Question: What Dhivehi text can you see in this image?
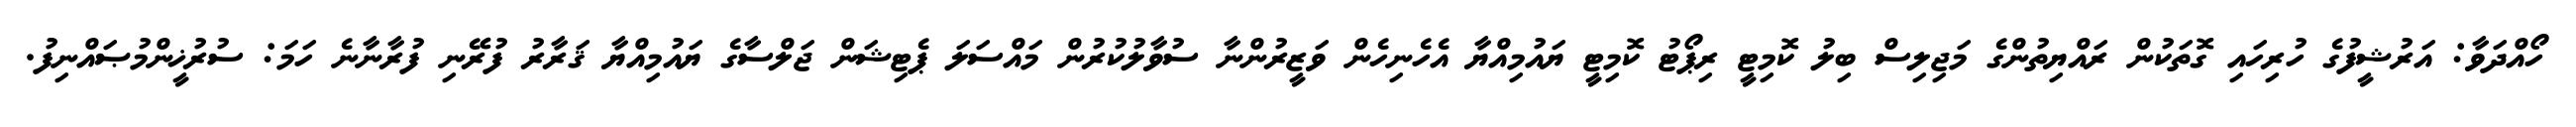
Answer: ހޯއްދަވާ: އަރުޝީފުގެ ހުރިހައި ގޮތަކުން ރައްޔިތުންގެ މަޖިލިސް ބިލު ކޮމިޓީ ރިޕޯޓު ކޮމިޓީ ޔައުމިއްޔާ އެހެނިހެން ވަޒީރުންނާ ސުވާލުކުރުން މައްސަލަ ޕެޓިޝަން ޖަލްސާގެ ޔައުމިއްޔާ ޤަރާރު ފުރޭނި ފުރާނާނެ ހަމަ: ސުރުޚީންމުޞައްނިފު.